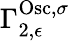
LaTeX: \Gamma_{2,\epsilon}^{\mathrm{Osc},\sigma}